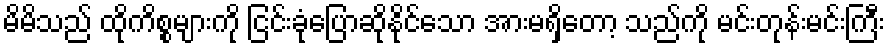
မိမိသည် ထိုကိစ္စများကို ငြင်းခုံပြောဆိုနိုင်သော အားမရှိတော့ သည်ကို မင်းတုန်းမင်းကြီး